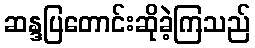
ဆန္ဒပြတောင်းဆိုခဲ့ကြသည်